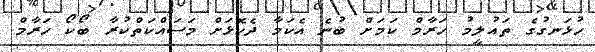
ހުޅަނގުގެ ތައުލީމު ހަރާމް ކަމަށް ބުނެ އެކަމާ ދެކޮޅަށް މަސައްކަތްކުރާ ބޯކޯ ހަރާމް